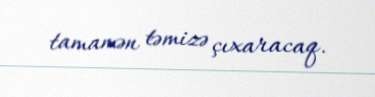
tamamən təmizə çıxaracaq.